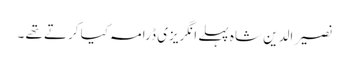
نصیر الدین شاہ پہلے انگریزی ڈرامہ کیا کرتے تھے ۔